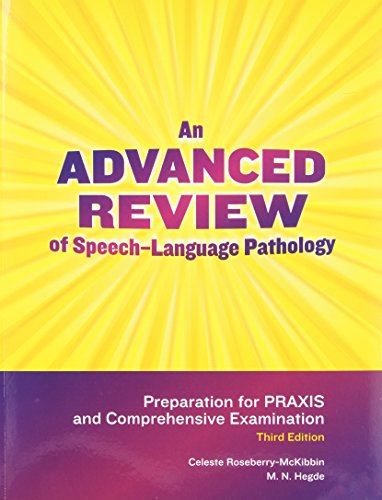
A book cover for An Advanced Review of Speech-Language Pathology, 3rd Edition; Celeste Roseberry-McKibbin; Test Preparation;